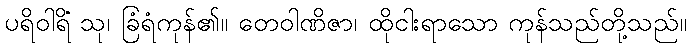
ပရိဝါရိံ သု၊ ခြံရံကုန်၏။ တေဝါဏိဇာ၊ ထိုငါးရာသော ကုန်သည်တို့သည်။